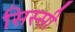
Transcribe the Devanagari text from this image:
सिस्सी